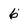
Character: 6